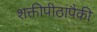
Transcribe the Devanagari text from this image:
शक्तीपीठांपैकी